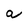
Character: a